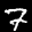
Label: 7